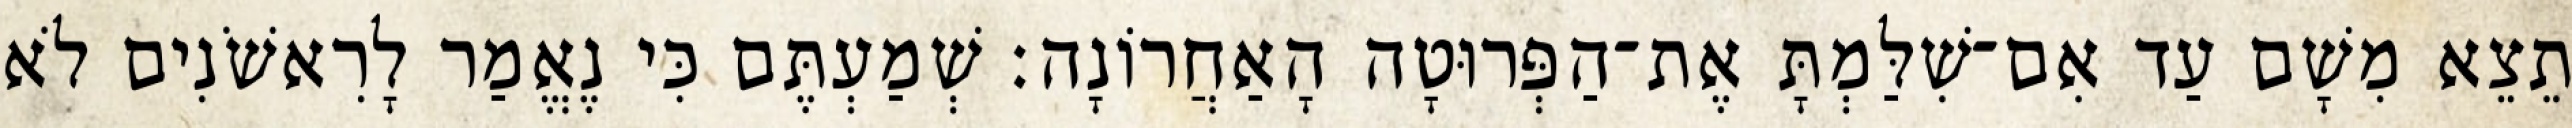
תֵצֵא מִשָׁם עַד אִם־שִׁלַּמְתָּ אֶת־הַפְּרוּטָה הָאַחֲרוֹנָה׃ שְׁמַעְתֶּם כִּי נֶאֱמַר לָרִאשֹׁנִים לֹא